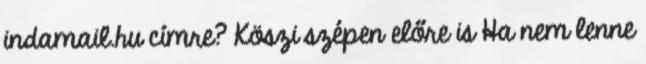
indamail.hu címre? Köszi szépen előre is Ha nem lenne